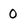
Character: 0